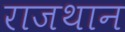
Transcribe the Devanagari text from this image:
राजथान